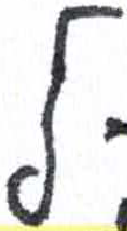
אות: ל